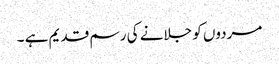
مردوں کو جلانے کی رسم قدیم ہے ۔